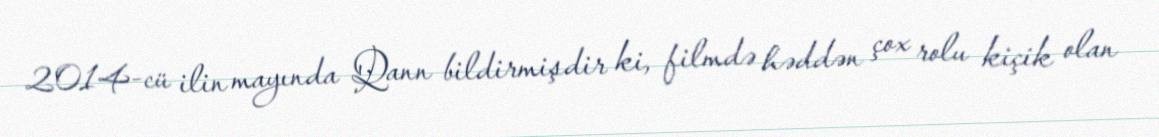
2014-cü ilin mayında Qann bildirmişdir ki, filmdə həddən çox rolu kiçik olan